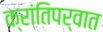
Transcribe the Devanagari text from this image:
क्रांतिपर्वात